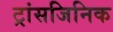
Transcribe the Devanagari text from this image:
ट्रांसजिनिक